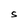
Character: S